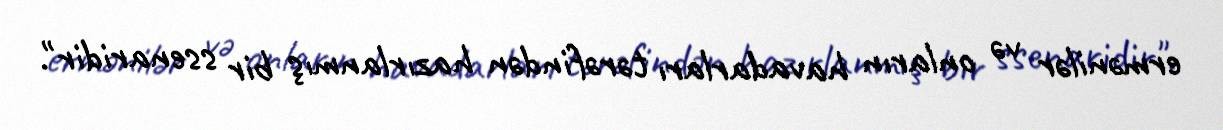
ermənilər və onların havadarları tərəfindən hazırlanmış bir ssenaridir".